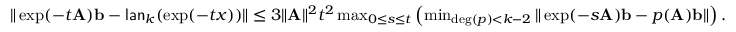
\begin{array} { r } { \| \exp ( - t \mathbf { A } ) \mathbf { b } - \mathsf { l a n } _ { k } ( \exp ( - t x ) ) \| \leq 3 \| \mathbf { A } \| ^ { 2 } t ^ { 2 } \operatorname* { m a x } _ { 0 \leq s \leq t } \left( \operatorname* { m i n } _ { \deg ( p ) < k - 2 } \| \exp ( - s \mathbf { A } ) \mathbf { b } - p ( \mathbf { A } ) \mathbf { b } \| \right) . } \end{array}